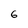
Character: 6